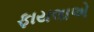
ફાયલાએ